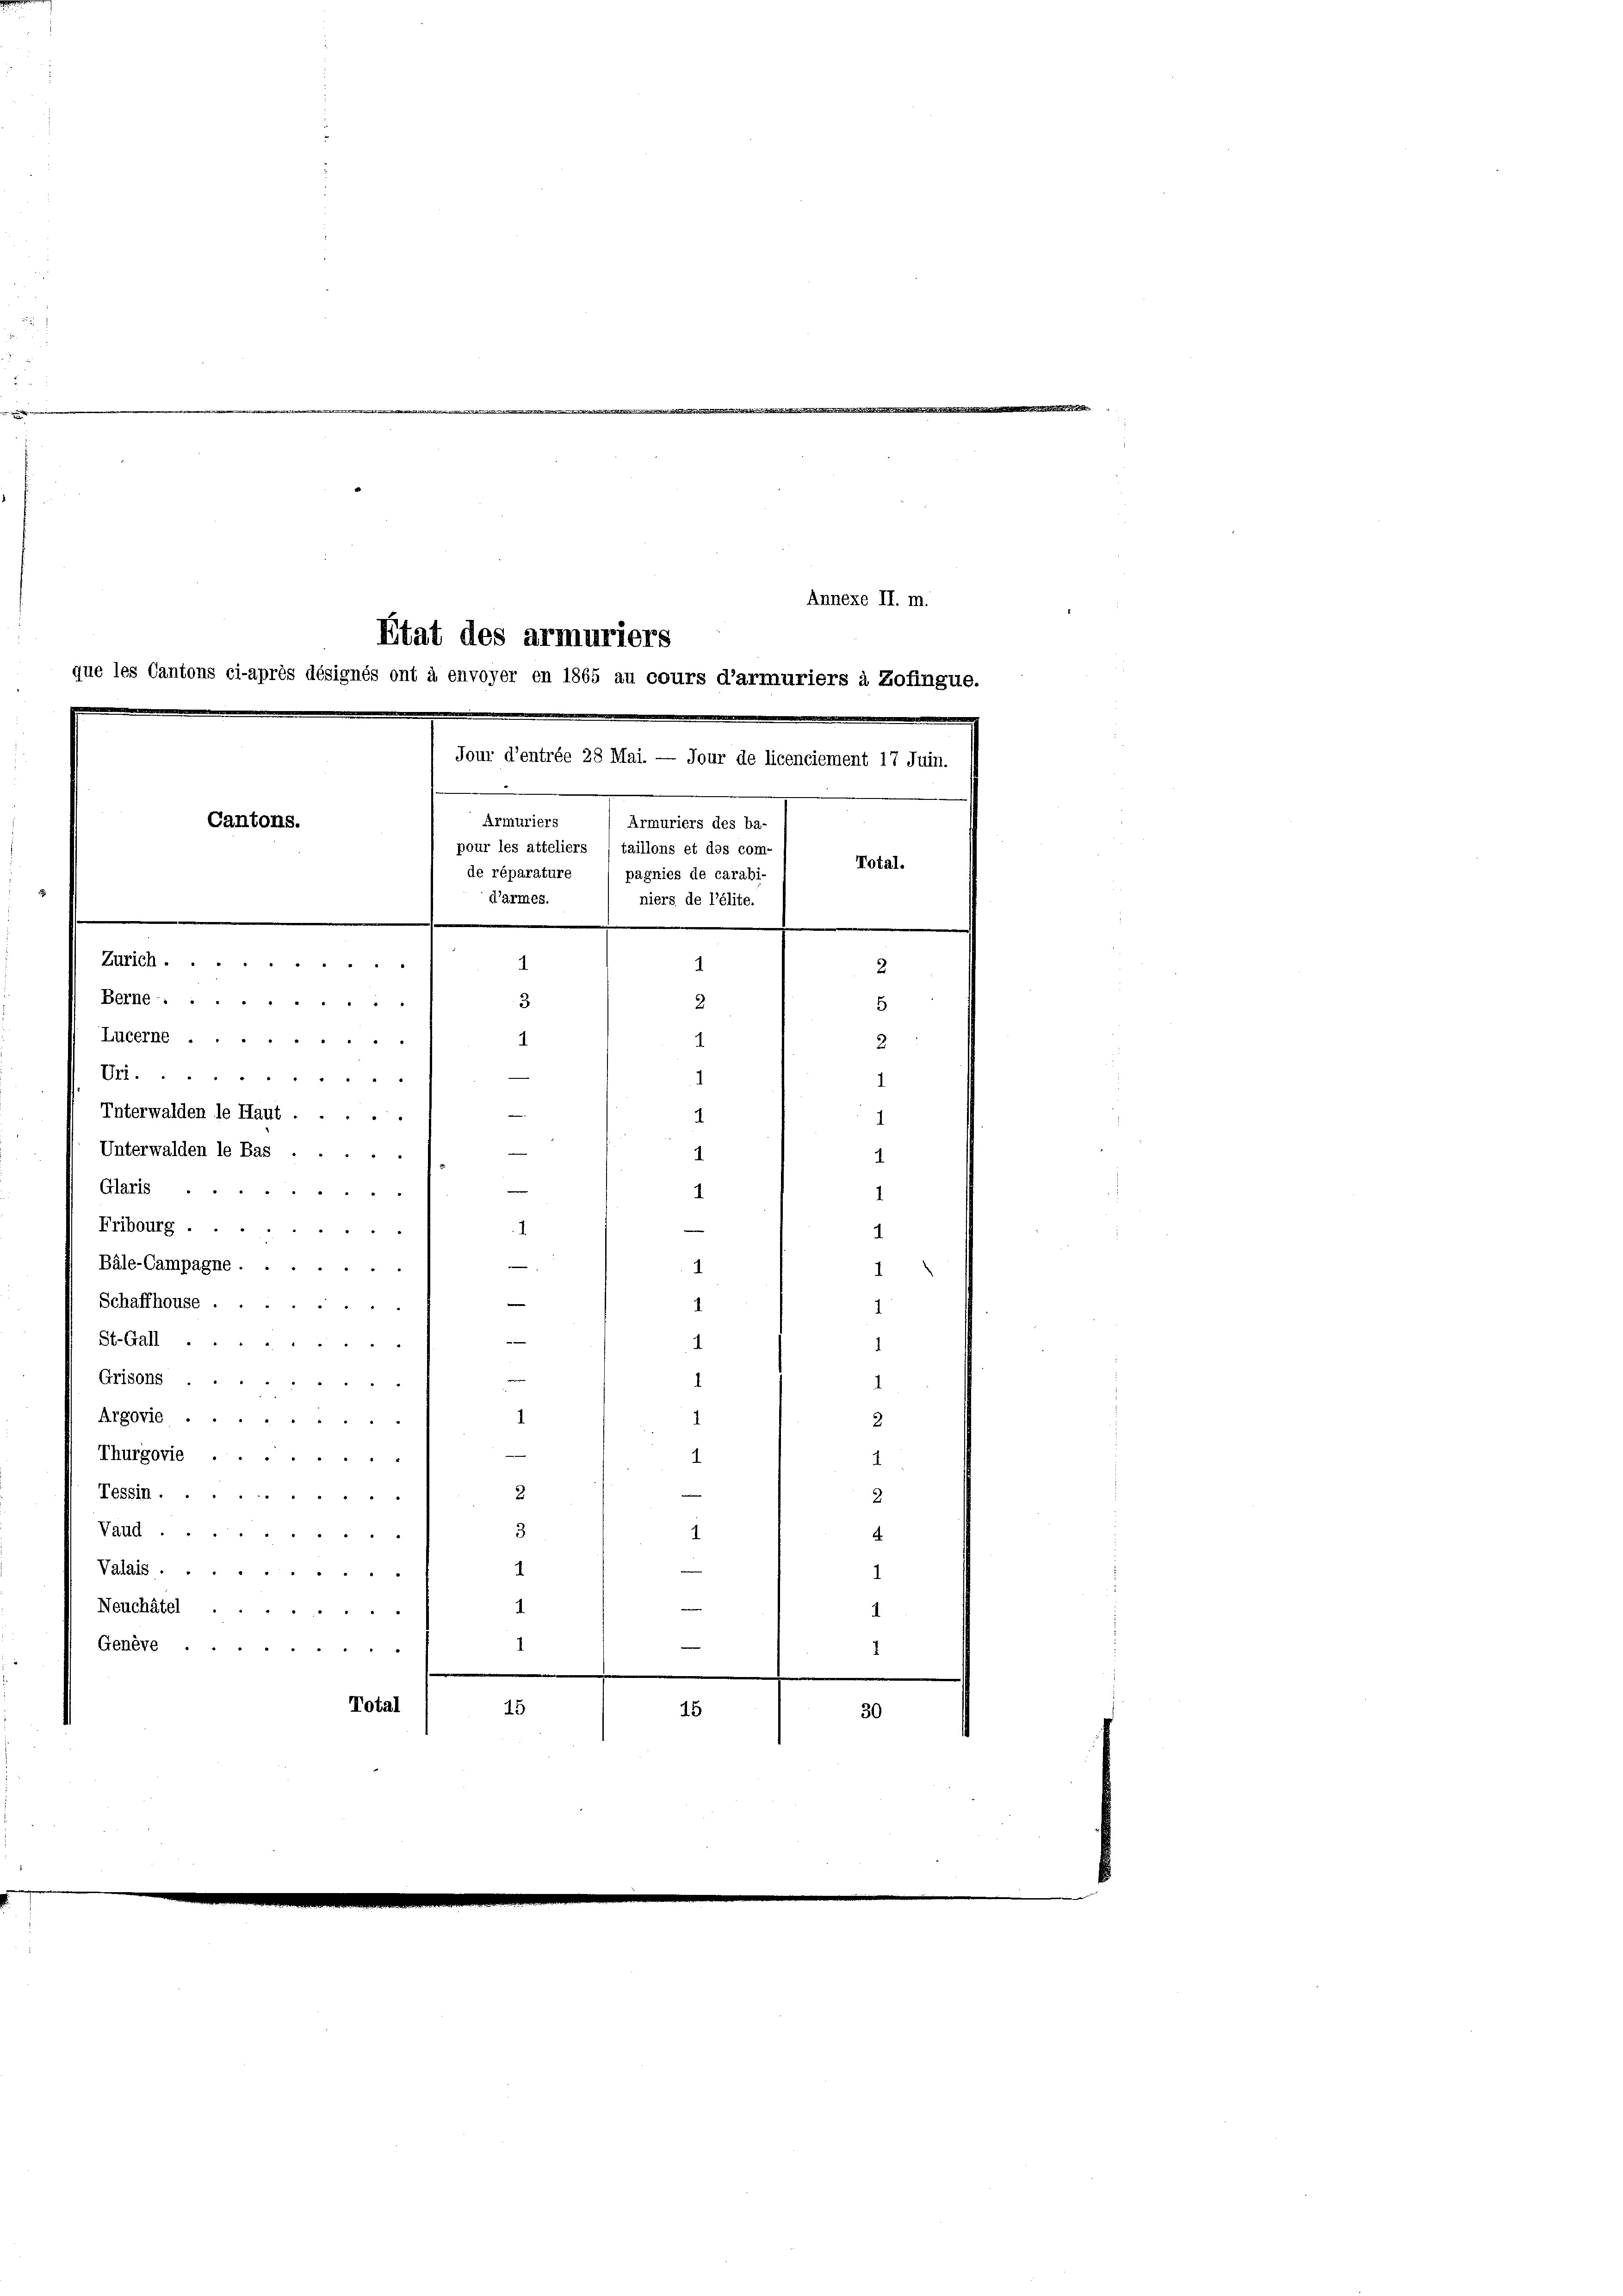
Interwalden le Haut ....
n
d
Unterwalden le Bas . .
Glaris ...
—
Fribourg . .
1

Bäle-Campagne ...
Schaffhouse .
e
e
St.Gall.

Grisons .
 § 8 de
Argovie
Thurgovie
2
Tessin
3
Valld
1
Valdls
.
Neuchâtel
Genève
Total
45

,
Annexe II. m.
Etat des armuriers
que les Cantons ci-après désignés ont à envoyer en 1865 au cours d’armuriers à Zofingue.
Jour d’entrée 28 Mai. — Jour de licenciement 17 Juin.
Armuriers
Armuriers des ba-
Cantons.
pour les atteliers / taillons et des com-
e
Total.
de réparature
pagnies de carabi-
d’armes.
niers de l’élite.
.
Zürich
1
1
2
¬
Berne .....
3
2
E
Lucerne
1
2
1
Uri.
1
1

1
1

15

30